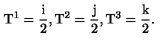
\mathrm { T ^ 1 = \frac { i } { 2 } } , \mathrm { T ^ 2 = \frac { j } { 2 } } , \mathrm { T ^ 3 = \frac { k } { 2 } } .